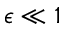
\epsilon \ll 1